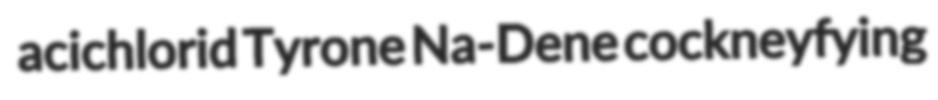
acichlorid Tyrone Na-Dene cockneyfying